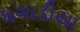
ધગાડીયા